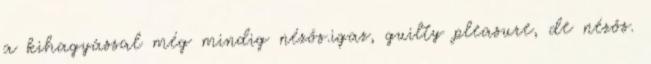
a kihagyással még mindig nézős.igaz, guilty pleasure, de nézős.